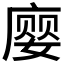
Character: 𫷾